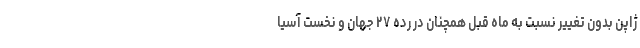
ژاپن بدون تغییر نسبت به ماه قبل همچنان در رده ۲۷ جهان و نخست آسیا